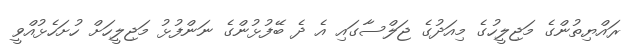
ރައްޔިތުންގެ މަޖިލީހުގެ މިއަދުގެ ޖަލްސާގައި އެ ދެ ބޭފުޅުންގެ ނަންފުޅު މަޖިލީހަށް ހުށަހެޅުއްވީ